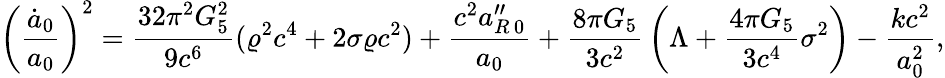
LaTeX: \left({\frac{\dot{a}_{0}}{a_{0}}}\right)^{2}={\frac{32\pi^{2}G_{5}^{2}}{9c^{6}}}(\varrho^{2}c^{4}+2\sigma\varrho c^{2})+{\frac{c^{2}a_{R\, 0}^{\prime\prime}}{a_{0}}}+{\frac{8\pi G_{5}}{3c^{2}}}\left(\Lambda+{\frac{4\pi G_{5}}{3c^{4}}}\sigma^{2}\right)-{\frac{kc^{2}}{a_{0}^{2}}},